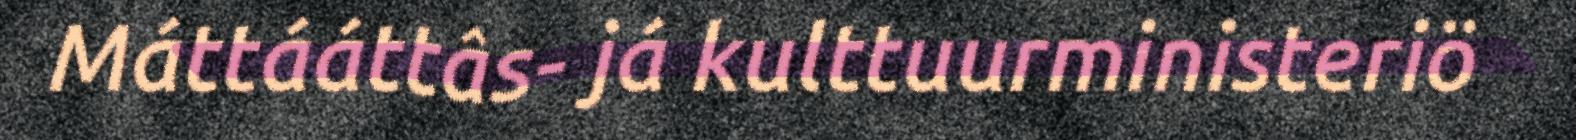
Máttááttâs- já kulttuurministeriö